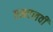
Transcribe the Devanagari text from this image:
एमएलवी